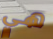
هي